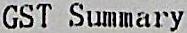
GST SUMMARY